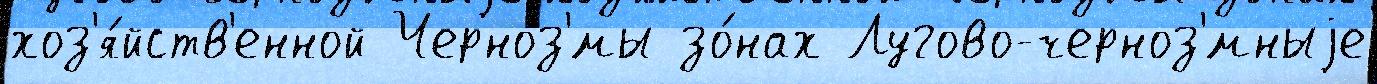
хоз'я́йств'енной Черноз'́мы зо́нах Лугово-черноз'́мныjе